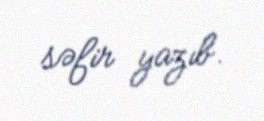
səfir yazıb.